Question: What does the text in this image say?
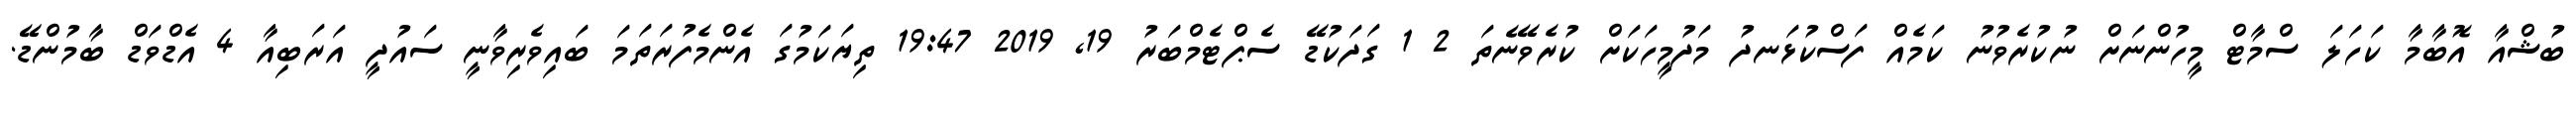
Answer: ބުޝްއާ އޮބާމާ ކަހަލަ ސްމާޓް މީހުންނަށް ނުކުރެވުނު ކަމެއް ފަސްކުޅަނދު މަދުމީހަކަށް ކުރެވޭނެތަ 2 1 ގަދަކުޑޭ ސެޕްޓެމްބަރު 19, 2019 19:47 ތިޔަކަމުގަ އެންމެފުރަތަމަ ބައިވެރިވާނީ ސައުދީ އަރަބިއާ 4 އެޑްވަޑް ބާމުންޑޭ.